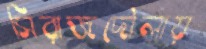
সিরাজদৌলায়